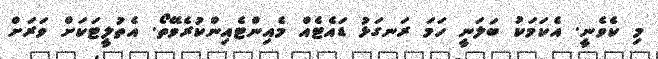
މި ކެވެނީ. އެކަމަކު ބަލަނީ ހަމަ ރަނގަޅު ޑައެޓެއް މެއިންޓެއިންކުރެވޭތޯ. އެތުލީޓަކަށް ވަރަށް